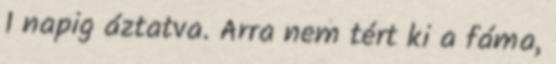
1 napig áztatva. Arra nem tért ki a fáma,